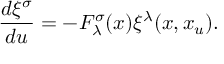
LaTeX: \frac { d \xi ^ { \sigma } } { d u } = - F _ { \lambda } ^ { \sigma } ( x ) \xi ^ { \lambda } ( x , x _ { u } ) .